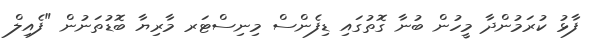
ފާޅު ކުރަމުންދާ މީހުން ބުނާ ގޮތުގައި ޑިފެންސް މިނިސްޓަރ މާރިޔާ ބޮޑުތަނުން "ފެއިލް